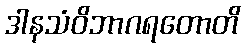
ဒါနသံဝိဘာဂရတောတိ